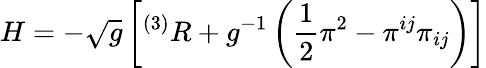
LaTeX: H=-{\sqrt{g}}\left[^{(3)}R+g^{-1}\left({\frac{1}{2}}\pi^{2}-\pi^{ij}\pi_{ij}\right)\right]